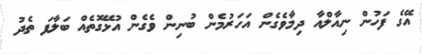
އޭގެ ފަހުން ނިއާލްއާ ދިމާވެގެން އަހަރުމެން ބުނިން ވެގެން އުޅޭގޮތެއް ބަލާފަ ތެދު